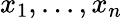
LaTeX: x_{1},...,x_{n}